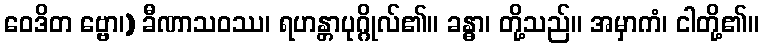
ဝေဒိတ ဗ္ဗော၊) ခီဏာသဝဿ၊ ရဟန္တာပုဂ္ဂိုလ်၏။ ခန္ဓာ၊ တို့သည်။ အမှာကံ၊ ငါတို့၏။